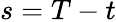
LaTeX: s=T-t